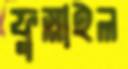
ফুস্‌লাইল